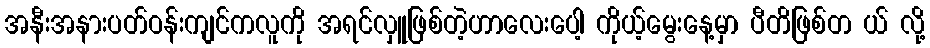
အနီးအနားပတ်ဝန်းကျင်ကလူကို အရင်လှူဖြစ်တဲ့ဟာလေးပေါ့ ကိုယ့်မွေးနေ့မှာ ပီတိဖြစ်တ ယ် လို့